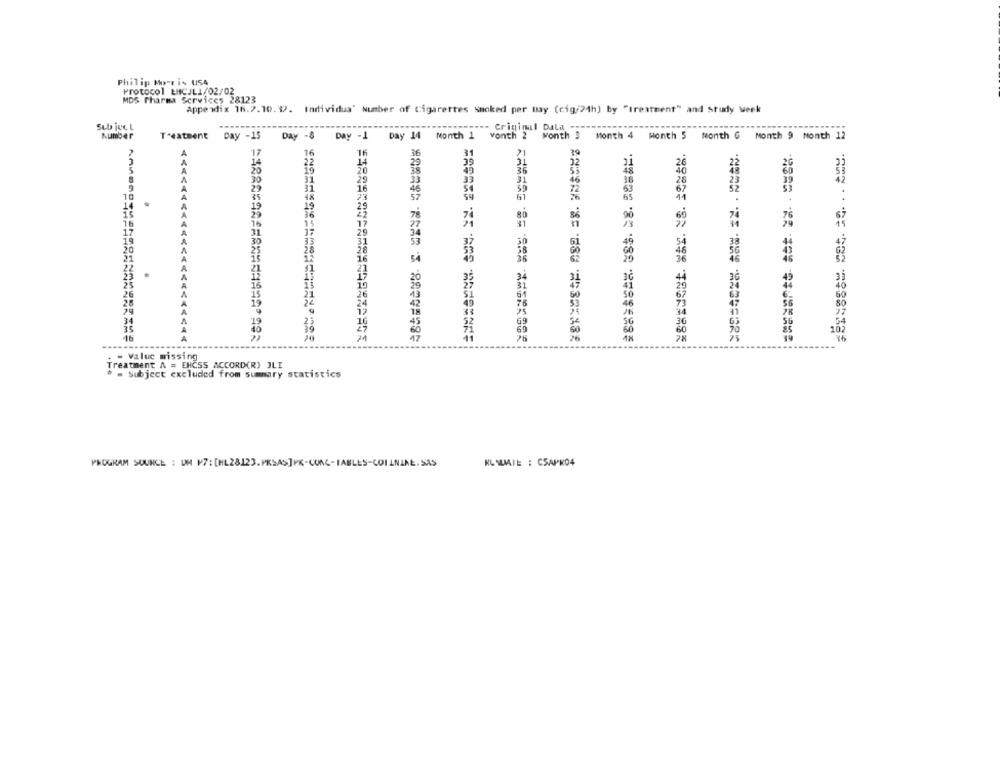
Philip Morris U54
Protocol ENCJLI/02/02
MDS Pharma Services 28123
Appendix 16.2.10. 9. Individua' Number of cigarettes Smoked per may (cig/24h) by "treatment" and study week
Sub ject
--- Criminal Dala "
Number
Treatment Day -15 Day -8 Day -1 Day 14 Month 1 vonth 2 Month 3 Month 4 Month 5 Month G Month 9 Month 12
17
16
16
36
31
"1
79
3
22
20
30
31
29
31
9
29
31
16
10
61
14
19
29
36
80
16
31
17
20
22
25
25
13
26
29
34
16
<<<<<<<<<<<<<<<<<<<< 44
. - Value missing
Treatment A = EHCSS ACCORD(R) JLI
# = Subject excluded from summary statistics
PROGRAM SOURCE : UM P7: [HL28123.PKSAS]PK-CUAC-IABLES-COILNINE.SAS
KL WIE : CSAPK04